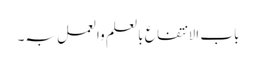
باب الا نتفاع بالعلم والعمل بہ۔